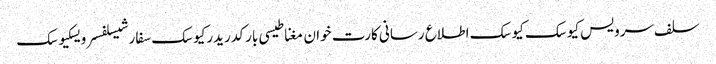
سلف سرویس کیوسک کیوسک اطلاع رسانی کارت خوان مغناطیسی بارکد ریدرکیوسک سفارشیسلفسرویسکیوسک